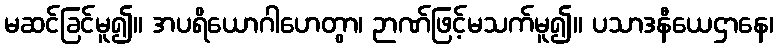
မဆင်ခြင်မူ၍။ အပရိယောဂါဟေတွာ၊ ဉာဏ်ဖြင့်မသက်မူ၍။ ပသာဒနီယေဌာနေ၊